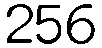
256